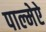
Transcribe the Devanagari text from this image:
पाल्मेऐ